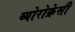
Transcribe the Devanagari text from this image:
ब्योरोक्रेसी